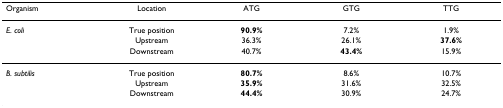
| Organism | Location | ATG | GTG | TTG |
 | --- | --- | --- | --- | --- |
 | E. coli | True position | 90.9% | 7.2% | 1.9% |
 |  | Upstream | 36.3% | 26.1% | 37.6% |
 |  | Downstream | 40.7% | 43.4% | 15.9% |
 | B. subtilis | True position | 80.7% | 8.6% | 10.7% |
 |  | Upstream | 35.9% | 31.6% | 32.5% |
 |  | Downstream | 44.4% | 30.9% | 24.7% |